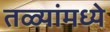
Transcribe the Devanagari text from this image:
तळ्यांमध्ये